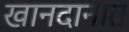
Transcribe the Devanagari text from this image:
खानदानात